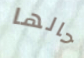
حالها